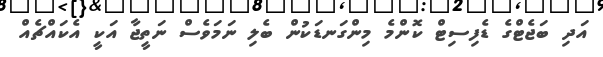
އަދި ބަޖެޓްގެ ޑެފިސިޓް ކޮންމެ މިންގަނޑަކުން ބެލި ނަމަވެސް ނަތީޖާ އަކީ އެކައްޗެއް